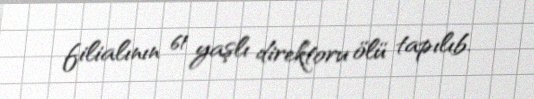
filialının 61 yaşlı direktoru ölü tapılıb.